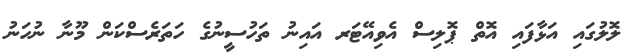
ލޮލުގައި އަޅާފައި އޮތް ޕޮލިސް އެވިއޭޓަރ އައިނު ތަހުސީނުގެ ހަތަރެސްކަން މޫނާ ނުހަނު